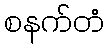
စနက်တံ